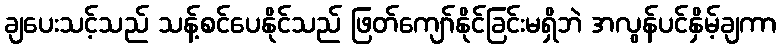
ချပေးသင့်သည် သန့်စင်ပေနိုင်သည် ဖြတ်ကျော်နိုင်ခြင်းမရှိဘဲ အလွန်ပင်နှိမ့်ချကာ